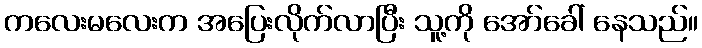
ကလေးမလေးက အပြေးလိုက်လာပြီး သူ့ကို အော်ခေါ် နေသည်။